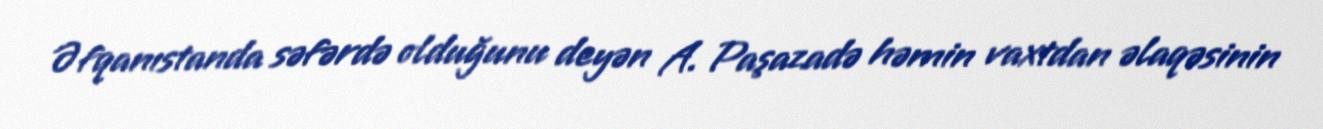
Əfqanıstanda səfərdə olduğunu deyən A. Paşazadə həmin vaxtdan əlaqəsinin